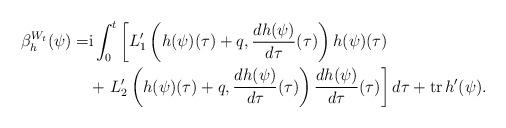
LaTeX: \begin{align*}\beta_h^{W_t}(\psi) = &\mathrm{i}\int_0^t \left[L_1^{\prime}\left(h(\psi)(\tau) + q, \frac{d h(\psi)}{d\tau}(\tau) \right)h(\psi)(\tau) \right. \\& + \left. L_2^{\prime}\left(h(\psi)(\tau) + q, \frac{d h(\psi)}{d\tau}(\tau)\right) \frac{d h(\psi)}{d\tau}(\tau) \right]d\tau + \mathrm{tr} \,h^{\prime}(\psi).\end{align*}